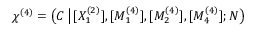
\chi ^ { ( 4 ) } = \big ( C \, \big | \, [ X _ { 1 } ^ { ( 2 ) } ] , [ M _ { 1 } ^ { ( 4 ) } ] , [ M _ { 2 } ^ { ( 4 ) } ] , [ M _ { 4 } ^ { ( 4 ) } ] ; N \big )